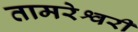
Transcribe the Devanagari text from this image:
तामरेश्वरी